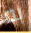
به